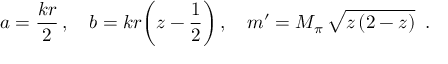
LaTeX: a = \frac { k r } { 2 } \, , \quad b = k r \biggl ( z - \frac { 1 } { 2 } \biggr ) \, , \quad m ^ { \prime } = M _ { \pi } \, \sqrt { z \, ( 2 - z ) } \, \, \, .